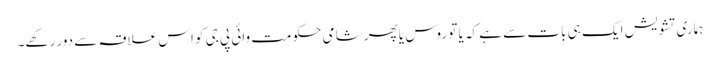
ہماری تشویش ایک ہی بات سے ہے کہ یا تو روس یا پھر شامی حکومت وائی پی جی کو اس علاقہ سے دور رکھے۔